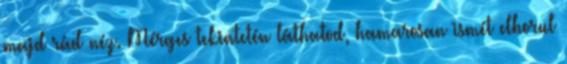
majd rád néz. Mérges tekintetén láthatod, hamarosan ismét elborul